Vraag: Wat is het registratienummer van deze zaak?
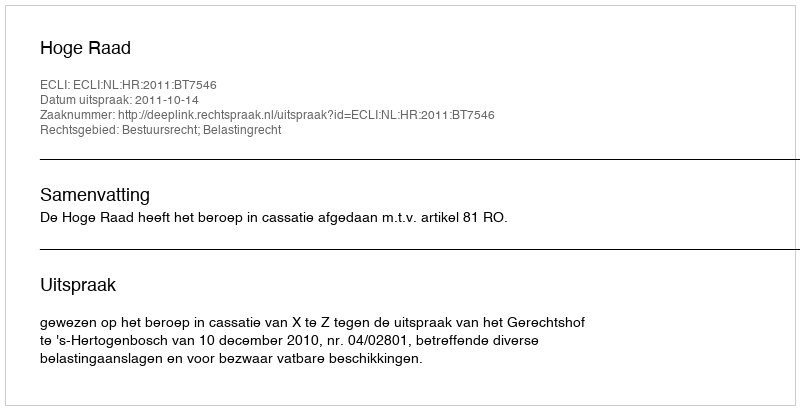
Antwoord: http://deeplink.rechtspraak.nl/uitspraak?id=ECLI:NL:HR:2011:BT7546